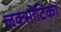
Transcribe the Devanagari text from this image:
लक्सोटिका